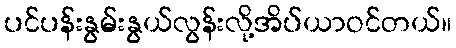
ပင်ပန်းနွမ်းနွယ်လွန်းလို့အိပ်ယာဝင်တယ်။